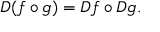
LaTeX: D ( f \circ g ) = D f \circ D g .